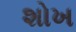
શોખ